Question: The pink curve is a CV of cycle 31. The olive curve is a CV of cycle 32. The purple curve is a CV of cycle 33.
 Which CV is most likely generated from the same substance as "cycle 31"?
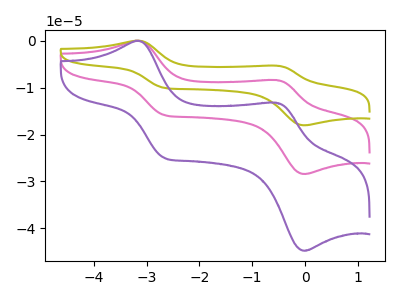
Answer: <think>The pink curve "cycle 31" has anodic peaks at (-3.20V, -0.05uA) (-0.55V, -8.40uA) and cathodic peaks at (-2.65V, -15.85uA) (0.00V, -28.40uA). The olive curve "cycle 32" has anodic peaks at (-3.20V, -0.05uA) (-0.55V, -16.80uA) and cathodic peaks at (-2.65V, -31.75uA) (0.00V, -56.80uA). The purple curve "cycle 33" has anodic peaks at (-3.20V, -0.05uA) (-0.55V, -13.25uA) and cathodic peaks at (-2.65V, -25.00uA) (0.00V, -44.75uA).
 All the peaks in "cycle 31" have a peak in "cycle 32" at the same potential. All the peaks in "cycle 31" have a peak in "cycle 33" at the same potential. All the peaks in "cycle 32" have a peak in "cycle 33" at the same potential.</think>
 <answer>"cycle 31" and "cycle 32" have a similar shape to "cycle 33".</answer>
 <eval>"cycle 31" "cycle 32"</eval>